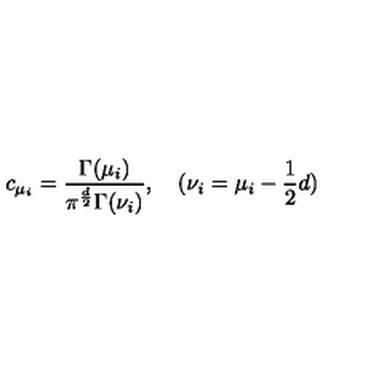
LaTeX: c _ { \mu _ { i } } = \frac { \Gamma ( \mu _ { i } ) } { \pi ^ { \frac { d } { 2 } } \Gamma ( \nu _ { i } ) } , \quad ( \nu _ { i } = \mu _ { i } - \frac { 1 } { 2 } d )